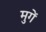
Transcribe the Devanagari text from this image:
मुगें